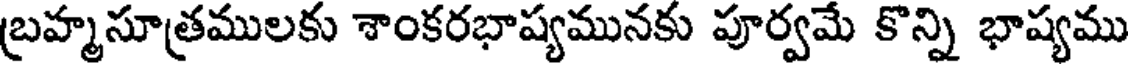
బ్రహ్మసూత్రములకు శాంకరభాష్యమునకు పూర్వమే కొన్ని భాష్యము